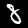
Label: 8